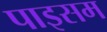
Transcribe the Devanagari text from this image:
पाइसम